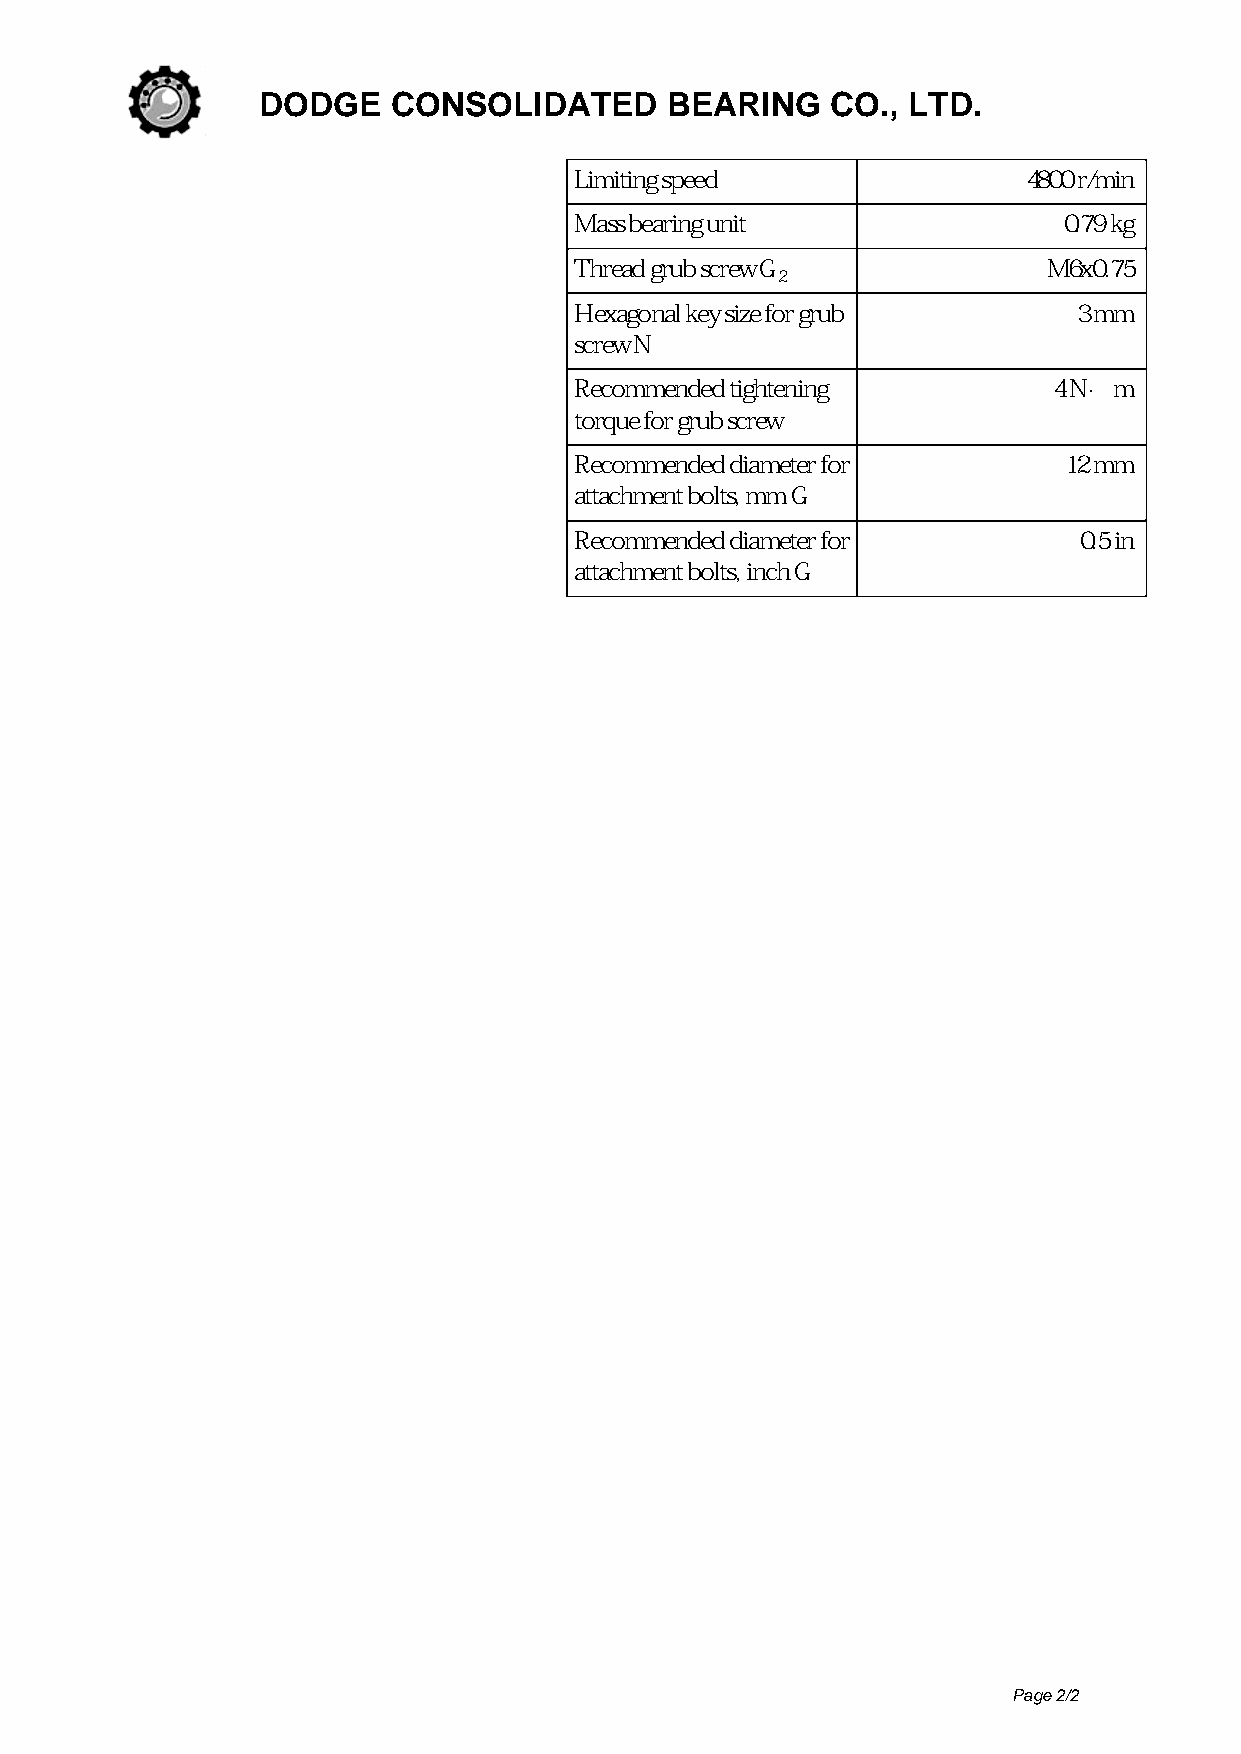
DODGE    CONSOLIDATED      BEARING    CO., LTD.
 Limiting speed                4800 r/min
 Mass bearing unit               0.79 kg
 Thread grub screw G            M6x0.75
 2
 Hexagonal key size for grub      3 mm
 screw N
 Recommended tightening          4 Nm
 torque for grub screw
 Recommended diameter for        12 mm
 attachment bolts, mm G
 Recommended diameter for         0.5 in
 attachment bolts, inch G
 Page 2/2
 Powered by TCPDF (www.tcpdf.org)